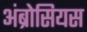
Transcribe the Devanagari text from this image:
अंब्रोसियस